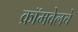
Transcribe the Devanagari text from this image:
क्रॉमवेलचे